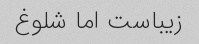
زیباست اما شلوغ